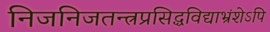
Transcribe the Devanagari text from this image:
निजनिजतन्त्रप्रसिद्धविद्याभ्रंशेऽपि